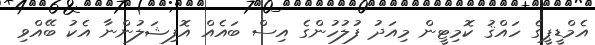
އެމްޑީޕީގެ ހައްޤު ކޮމިޓީން މިއަދު ފުލުހުންގެ އިސް ބައެއް އޮފިޝަލުންނާ އެކު ބޭއްވި